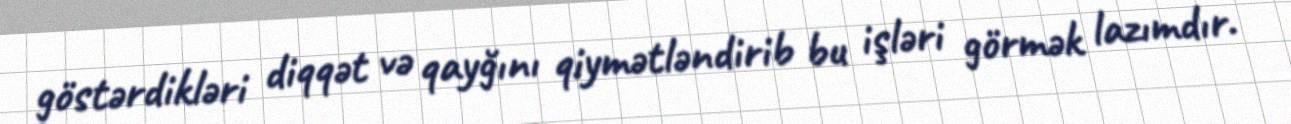
göstərdikləri diqqət və qayğını qiymətləndirib bu işləri görmək lazımdır.